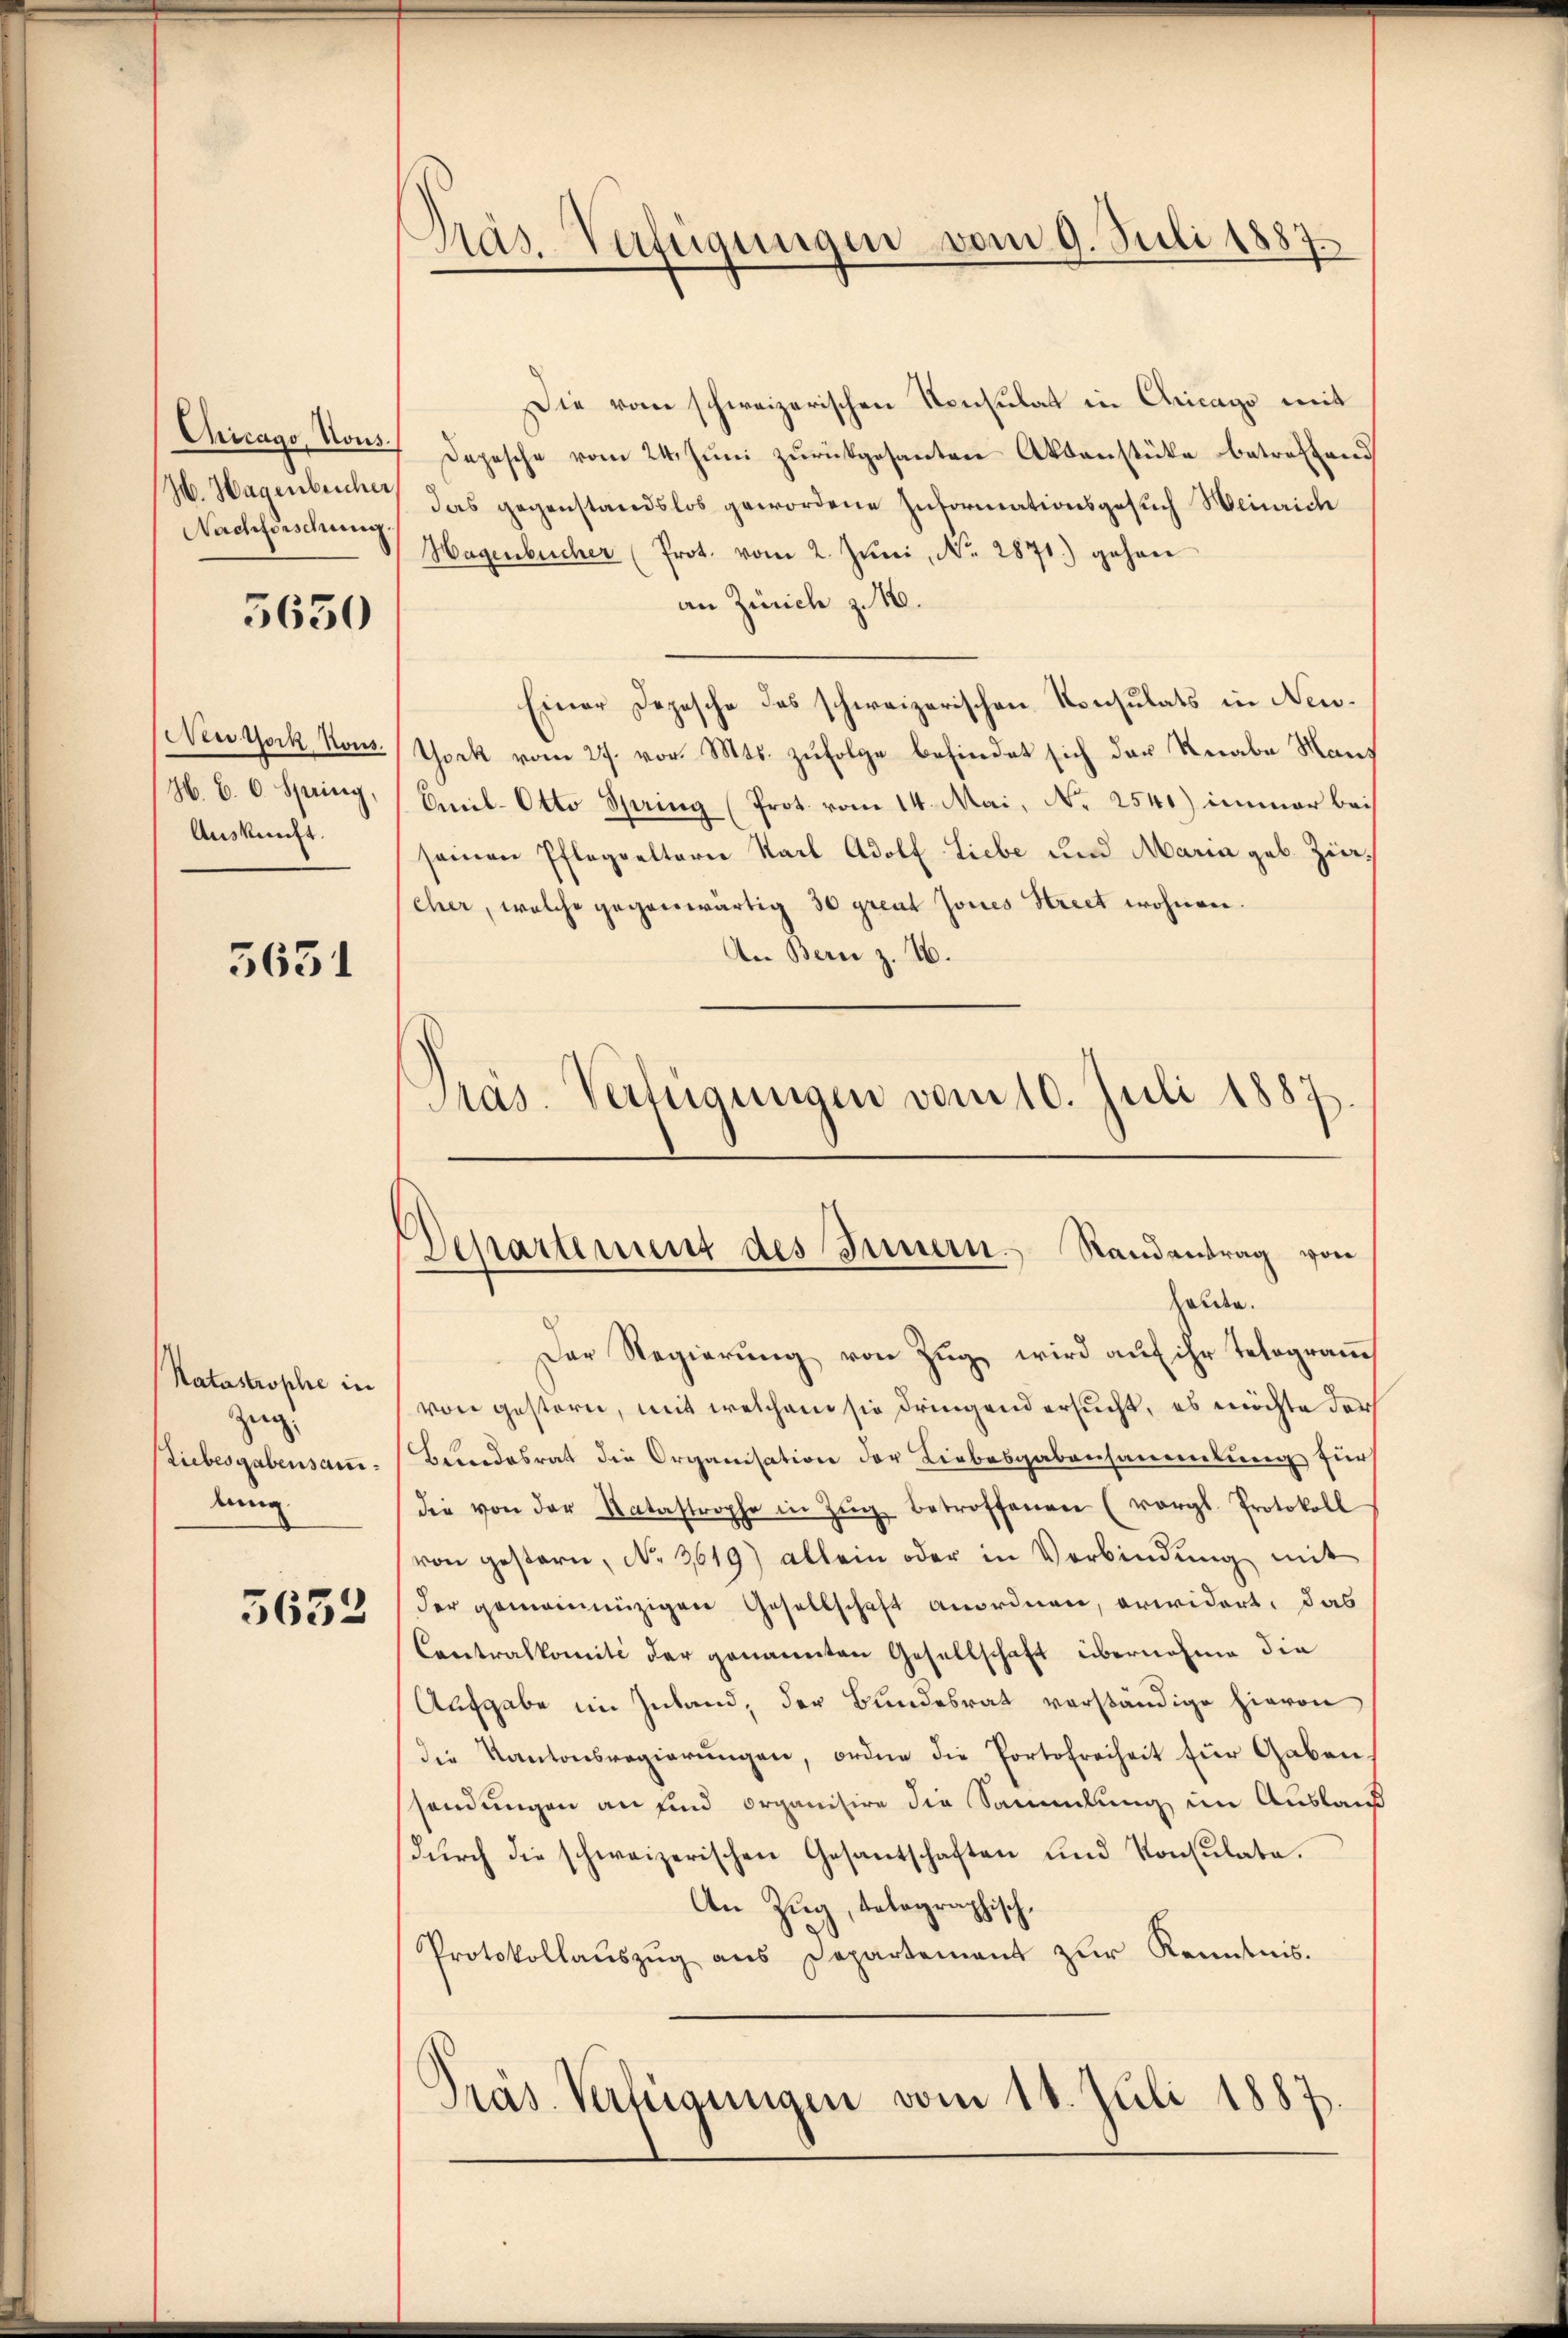
Chicago, Nons.
I. Hagenbeicher
Nachforschung.

5630

New York Kons.
H. B. 6. Spring,
Auskunft.

5631

Katastrophe in
zeigt
Liebesgabensanlung

5632

Präs. Verfügungen vom 9. Juli 1887.

Die vom schweizerischen Konsulat in Chicago mit
Depesche vom 24. Jŭni zŭrückgesanten Aktenstücke betreffend
das gegenstandslos gewordene Informationsgesuch Weinrich
Hagenbücher (Prot. vom 2. Juni, No. 2871.) gehen
an Zürich z. 16.
Einer Depesche des schweizerischen Konsulats in Neu¬
York vom 27. vor. Mts. zufolge befindet sich der Knabe Mans
Email-Otto Spring (Prot. vom 14. Mai, No 2540) immer bei
seinen Pflegelterie Stadl Adolf Liebe und Maria geb. Zineher, welche gegenwärtig 30 grent Jones Street wohnen.
An Bern z. 16.
Pras-Verfügungen vom 10. Juli 1887

Departement des Innern. Randantrag von
haute.

Der Regierŭng von Zŭg wird aŭf ihr Telegram
von gestern, mit welchem sie dringend ersucht, es möchte darf
Beundesrat die Organisation der Liebesgabensammlung für
die von der Katastrophe in Zŭg betroffenen (vergl. Protokoll
von gestern, No. 3619) allein oder in Verbindŭng mit
der gemeinnüzigen Gesellschaft anordnen, erwidert, das
Contralkomité der genannten Gesellschaft übernahme die
Aufgabe im Zuband, der Bundesrat verständige hievon
die Kantonsregierungen, ordne die Portofreiheit für Gabensendungen an und Organisire die Sammlung im Ausland
dŭrch die schweizerischen Gesantschaften und Konsulate.
An Zug, telegraphisch,
Protokollaŭszŭg ans Departement zŭr Kenntnis.
Präs. Verfügungen vom 11. Juli 1887.